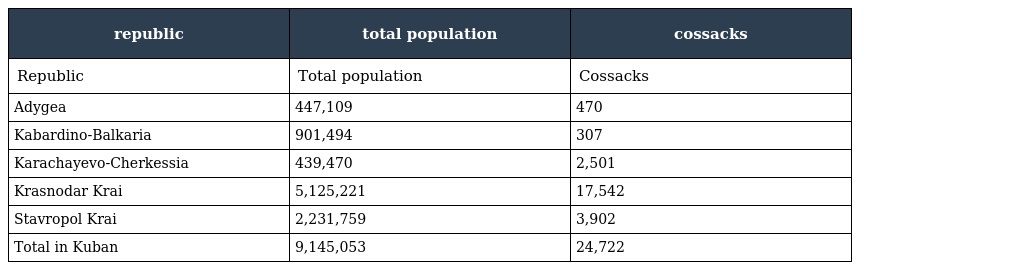
| republic | total population | cossacks |
 | --- | --- | --- |
 | Republic | Total population | Cossacks |
 | Adygea | 447,109 | 470 |
 | Kabardino-Balkaria | 901,494 | 307 |
 | Karachayevo-Cherkessia | 439,470 | 2,501 |
 | Krasnodar Krai | 5,125,221 | 17,542 |
 | Stavropol Krai | 2,231,759 | 3,902 |
 | Total in Kuban | 9,145,053 | 24,722 |